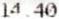
14.40